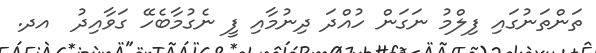
ތަންތަނުގައި ފިލްމު ނަގަން ހުއްދަ ދިނުމާއި ފީ ނެގުމާބެހޭ ގަވާއިދު  އދ.